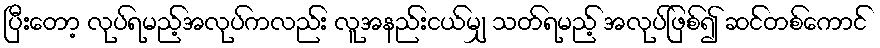
ပြီးတော့ လုပ်ရမည့်အလုပ်ကလည်း လူအနည်းငယ်မျှ သတ်ရမည့် အလုပ်ဖြစ်၍ ဆင်တစ်ကောင်